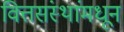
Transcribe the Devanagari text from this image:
वित्तसंस्थांमधून